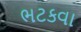
ભટકવા